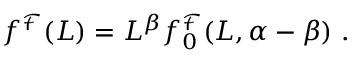
\begin{array} { r } { f ^ { \mathcal { F } } ( L ) = L ^ { \beta } f _ { 0 } ^ { \mathcal { F } } ( L , \alpha - \beta ) \ . } \end{array}